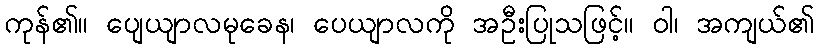
ကုန်၏။ ပျေယျာလမုခေန၊ ပေယျာလကို အဦးပြုသဖြင့်။ ဝါ၊ အကျယ်၏